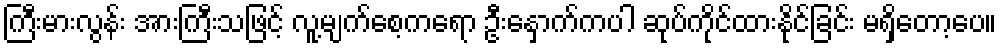
ကြီးမားလွန်း အားကြီးသဖြင့် လူ့မျက်စေ့ကရော ဦးနှောက်ကပါ ဆုပ်ကိုင်ထားနိုင်ခြင်း မရှိတော့ပေ။